Medical and sanitary report of the native army of Bengal for the year
Year: 1877
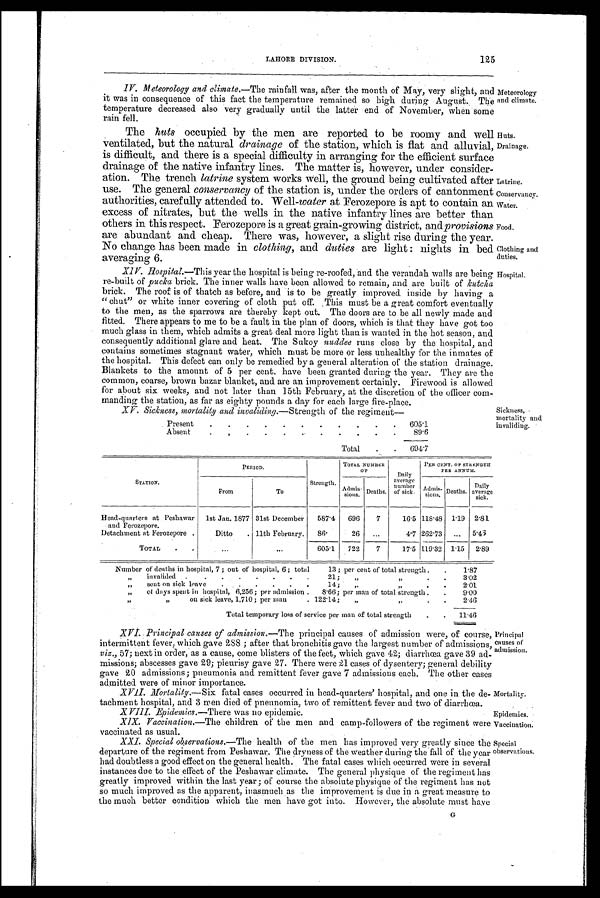
Mortality.
Epidemics.
Vaccination.
Special
observations. G
LAHORE DIVISION.
125
IV. Meteorology and climate.— The rainfall was, after the month of May, very slight, and
it was in consequence of this fact the temperature remained so high during August. The
temperature decreased also very gradually until the latter end of November, when some
rain fell.
The huts occupied by the men are reported to be roomy and well
ventilated, but the natural drainage of the station, which is flat and alluvial,
is difficult, and there is a special difficulty in arranging for the efficient surface
drainage of the native infantry lines. The matter is, however, under consider-
ation. The trench latrine system works well, the ground being cultivated after
use. The general conservancy of the station is, under the orders of cantonment
authorities, carefully attended to. Well -water at Ferozepore is apt to contain an
excess of nitrates, but the wells in the native infantry lines are better than
others in this respect. Ferozepore is a great grain-growing district, and provisions
are abundant and cheap. There was, however, a slight rise during the year.
No change has been made in clothing, and duties are light : nights in bed
averaging 6.
XIV. Hospital.—This year the hospital is being re-roofed, and the verandah walls are being
re-built of pucka brick. The inner walls have been allowed to remain, and are built of kutcha
brick. The roof is of thatch as before, and is to be greatly improved inside by having a
"chut" or white inner covering of cloth put off. This must be a great comfort eventually
to the men, as the sparrows are thereby kept out. The doors are to be all newly made and
fitted. There appears to me to be a fault in the plan of doors, which is that they have got too
much glass in them, which admits a great deal more light than is wanted in the hot season, and
consequently additional glare and heat. The Sukoy nuddee runs close by the hospital, and
contains sometimes stagnant water, which must be more or less unhealthy for the inmates of
the hospital. This defect can only be remedied by a general alteration of the station drainage.
Blankets to the amount of 5 per cent. have been granted during the year. They are the
common, coarse, brown bazar blanket, and are an improvement certainly. Firewood is allowed
for about six weeks, and not later than 15th February, at the discretion of the officer com-
manding the station, as far as eighty pounds a day for each large fire-place.
XV. Sickness, mortality and invaliding.— Strength of the regiment—
Present
.
.
.
.
.
.
.
.
.
.
.
605.1
Absent
.
.
.
.
.
.
.
.
.
.
.
89.6
Total
.
.
694.7
Meteorology
and climate.
Huts.
Drainage.
Latrine.
Conservancy.
Water.
Food.
Clothing and
duties.
Hospital.
Sickness,
mortality and
invaliding.
STATION.
PERIOD.
Strength.
TOTAL NUMBER
O F
Daily
average
number
of sick.
PER CENT. OF STRENGTH
PER ANNUM.
From
To
Admis-
sions.
Deaths.
Adims- sions. Deaths.
Daily
average
sick.
Head-quarters at Peshawar
1st Jan. 1877 31st December
587.4
696
7
16.5 118.48
1.19
2.81
and Ferozepore.
Detachment at Ferozepore .
Ditto
. 11th February.
86.
26
...
4.7 262.73
...
5.46
TOTAL
.
.
... ...
605.1
722
7
17.5 119.32
1.15
2.89
Number of deaths in hospital, 7 ; out of hospital, 6 ; total
13 ; per cent of total strength .
.
1.87
„
invalided
.
. .
.
.
.
.
.
21;
„ „
.
.
3.02
„
sent on sick leave
.
.
.
.
.
.
14;
„ „
.
.
2.01
„
of days spent in hospital, 6,256; per admission .
8.66; per man of total strength .
.
9.00
”
on sick leave, 1,710 ; per man
. 122.14;
,,
,,
.
.
2.46
Total temporary loss of service per man of total strength
.
.
11.46
Principal
causes of
admission.
XVI. Principal causes of admission.— The principal causes of admission were, of course,
intermittent fever, which gave 288 ; after that bronchitis gave the largest number of admissions,
viz., 57; next in order, as a cause, come blisters of the feet, which gave 42; diarrhœa gave 39 ad-
missions; abscesses gave 29; pleurisy gave 27. There were 21 cases of dysentery; general debility
gave 20 admissions; pneumonia and remittent fever gave 7 admissions each. The other cases
admitted were of minor importance.
XVII. Mortality.—Six
fatal cases occurred in head-quarters' hospital, and one in the de-
tachment hospital, and 3 men died of pneunomia, two of remittent fever and two of diarrhœa.
XVIII. Epidemics.— There was no epidemic.
XIX. Vaccination.— The children of the men and camp-followers of the regiment were
vaccinated as usual.
XXI. Special observations.— The health of the men has improved very greatly since the
departure of the regiment from Peshawar. The dryness of the weather during the fall of the year
had doubtless a good effect on the general health. The fatal cases which occurred were in several
instances due to the effect of the Peshawar climate. The general physique of the regiment has
greatly improved within the last year ; of course the absolute physique of the regiment has not
so much improved as the apparent, inasmuch as the improvement is due in a great measure to
the much better condition which the men have got into. However, the absolute must have